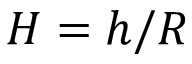
H = h / R